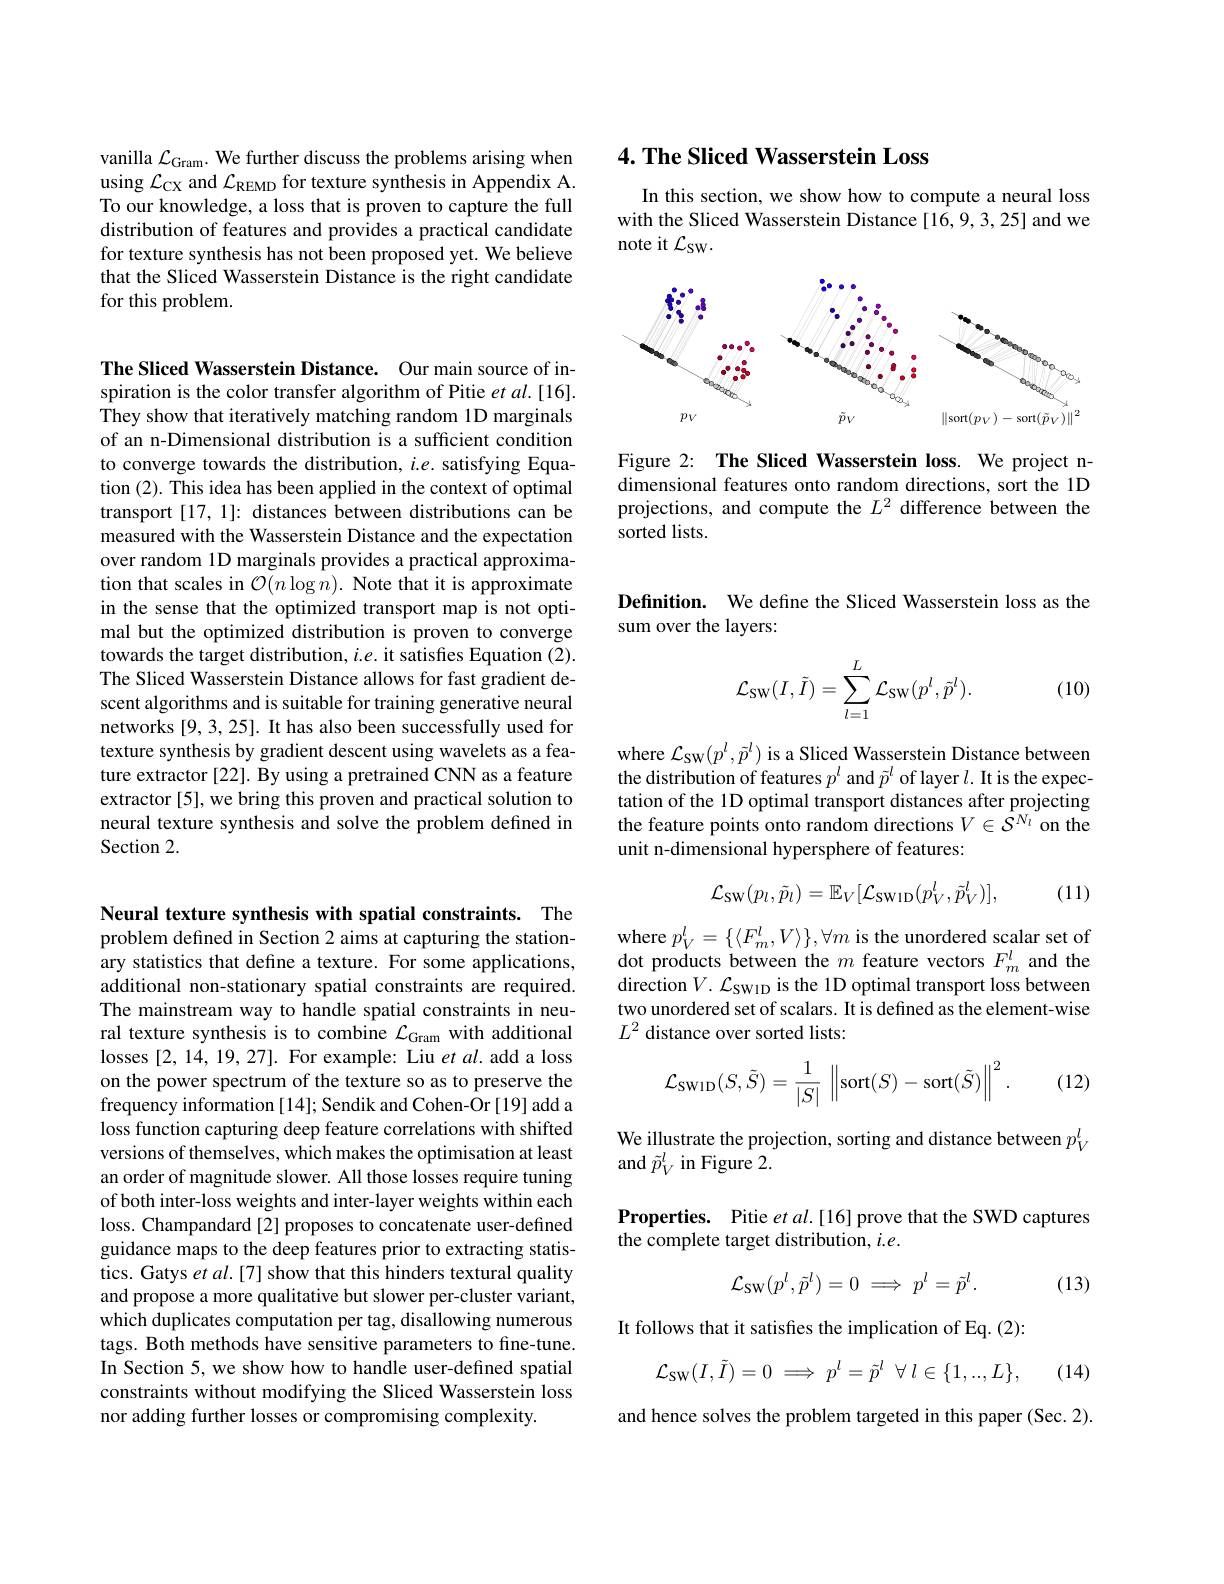
Neural texture synthesis with spatial constraints. The problem defined in Section 2 aims at capturing the stationary statistics that define a texture. For some applications, additional non-stationary spatial constraints are required. The mainstream way to handle spatial constraints in neural texture synthesis is to combine $\mathcal{L}_\mathrm{Gram}$ with additional losses [2,14,19,27]. For example: Liu $etal.$ add a loss on the power spectrum of the texture so as to preserve the $\hat{\text{frequency information[14]; Sendik and Cohen-Or[19] add a}}$ loss function capturing deep feature correlations with shifted versions of themselves, which makes the optimisation at least an order of magnitude slower. All those losses require tuning of both inter-loss weights and inter-layer weights within each loss. Champandard[2] proposes to concatenate user-defined guidance maps to the deep features prior to extracting statistics. Gatys et $al.[7]$ show that this hinders textural quality and propose a more qualitative but slower per-cluster variant, which duplicates computation per tag, disallowing numerous tags. Both methods have sensitive parameters to fine-tune. In Section 5, we show how to handle user-defined spatial constraints without modifying the Sliced Wasserstein loss nor adding further losses or compromising complexity.

vanilla $\mathcal{L}_\mathrm{Gram}.$ We further discuss the problems arising when using $\mathcal{L}_\mathrm{CX}$ and $\mathcal{L}_\mathrm{REMD}$ for texture synthesis in Appendix A. To our knowledge, a loss that is proven to capture the full distribution of features and provides a practical candidate for texture synthesis has not been proposed yet. We believe that the Sliced Wasserstein Distance is the right candidate for this problem.

The Sliced Wasserstein Distance. Our main source of inspiration is the color transfer algorithm of Pitie et al.[16]. They show that iteratively matching random 1D marginals of an n-Dimensional distribution is a sufficient condition to converge towards the distribution, $i.e.$ satisfying Equation (2). This idea has been applied in the context of optimal transport [17,1]: distances between distributions can be measured with the Wasserstein Distance and the expectation over random 1D marginals provides a practical approximation that scales in $\mathcal{O}(n\log n).$ Note that it is approximate in the sense that the optimized transport map is not optimal but the optimized distribution is proven to converge towards the target distribution, $i.e.$ it satisfies Equation (2). The Sliced Wasserstein Distance allows for fast gradient descent algorithms and is suitable for training generative neural networks [9, 3, 25]. It has also been successfully used for texture synthesis by gradient descent using wavelets as a feature extractor [22]. By using a pretrained CNN as a feature extractor [5], we bring this proven and practical solution to neural texture synthesis and solve the problem defined in Section 2.

## $4. \textbf{ The Sliced Wasserstein Loss}$

In this section, we show how to compute a neural loss with the Sliced Wasserstein Distance [16,9,3,25] and we note it $\mathcal{L}_\mathrm{SW}.$

<FigureHere>

Figure 2: The Sliced Wasserstein loss. We project ndimensional features onto random directions, sort the 1D projections, and compute the $L^2$ difference between the sorted lists.

Definition. We define the Sliced Wasserstein loss as the
sum over the layers:
$$\mathcal{L}_{\mathrm{SW}}(I,\tilde{I})=\sum_{l=1}^{L}\mathcal{L}_{\mathrm{SW}}(p^{l},\tilde{p}^{l}).$$
(10)

$\begin{array}{l}\mathrm{where~}\mathcal{L}_{\mathrm{SW}}(p^l,\tilde{p}^l)\text{ is a Sliced Wasserstein Distance between}\\\mathrm{the~distribution~of~features~}p^l\text{ and }\tilde{p}^l\text{ of layer }l.\text{ It is the expec-}\end{array}$ tation of the 1D optimal transport distances after projecting the feature points onto random directions $V\in\tilde{\mathcal{S}}^{N_l}$ on the unit n-dimensional hypersphere of features:
$$\mathcal{L}_{\mathrm{SW}}(p_{l},\tilde{p}_{l})=\mathbb{E}_{V}[\mathcal{L}_{\mathrm{SW1D}}(p_{V}^{l},\tilde{p}_{V}^{l})],$$
(11)

where $p_V^l=\{\langle F_m^l,V\rangle\},\forall m$ is the unordered scalar set of dot products between the $m$ feature vectors $F_m^l$ and the direction $V.\mathcal{L}_\mathrm{SWID}$ is the 1D optimal transport loss between two unordered set of scalars. It is defined as the element-wise $L^2$ distance over sorted lists:
$$\mathcal{L}_{\mathrm{SW1D}}(S,\tilde{S})=\frac{1}{|S|}\:\left\|\mathrm{sort}(S)-\mathrm{sort}(\tilde{S})\right\|^{2}.$$
(12)

We illustrate the projection, sorting and distance between $p_V^l$
and $\tilde{p}_V^l$ in Figure 2.

Properties. Pitie $etal.[16]$ prove that the SWD captures
the complete target distribution, $i.e.$
$$\mathcal{L}_{\mathrm{SW}}(p^l,\tilde{p}^l)=0\implies p^l=\tilde{p}^l.$$
(13)

It follows that it satisfies the implication of Eq. (2)
$$\mathcal{L}_{\mathrm{SW}}(I,\tilde{I})=0\implies p^{l}=\tilde{p}^{l}\:\forall\:l\in\{1,..,L\},$$
(14)

and hence solves the problem targeted in this paper (Sec. 2).